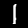
Label: 1